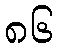
၈၆